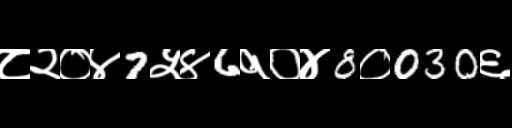
Text: ८२०४7५४6१०४8०030६